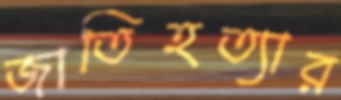
জাতিহত্যার